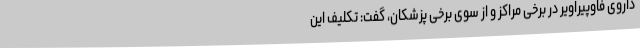
داروی فاوپیراویر در برخی مراکز و از سوی برخی پزشکان، گفت: تکلیف این